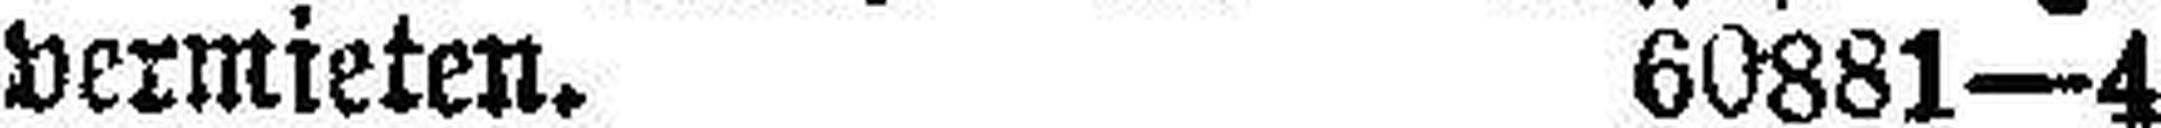
vermieten. 60881—4